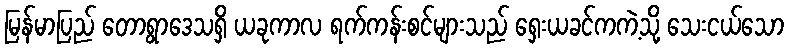
မြန်မာပြည် တောရွာဒေသရှိ ယခုကာလ ရက်ကန်းစင်များသည် ရှေးယခင်ကကဲ့သို့ သေးငယ်သော